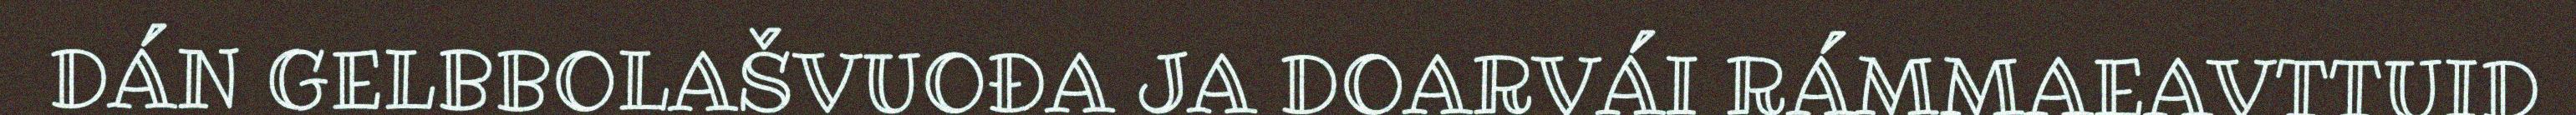
DÁN GELBBOLAŠVUOĐA JA DOARVÁI RÁMMAEAVTTUID